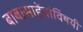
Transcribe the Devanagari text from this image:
बाबासाहेंबांविषयी